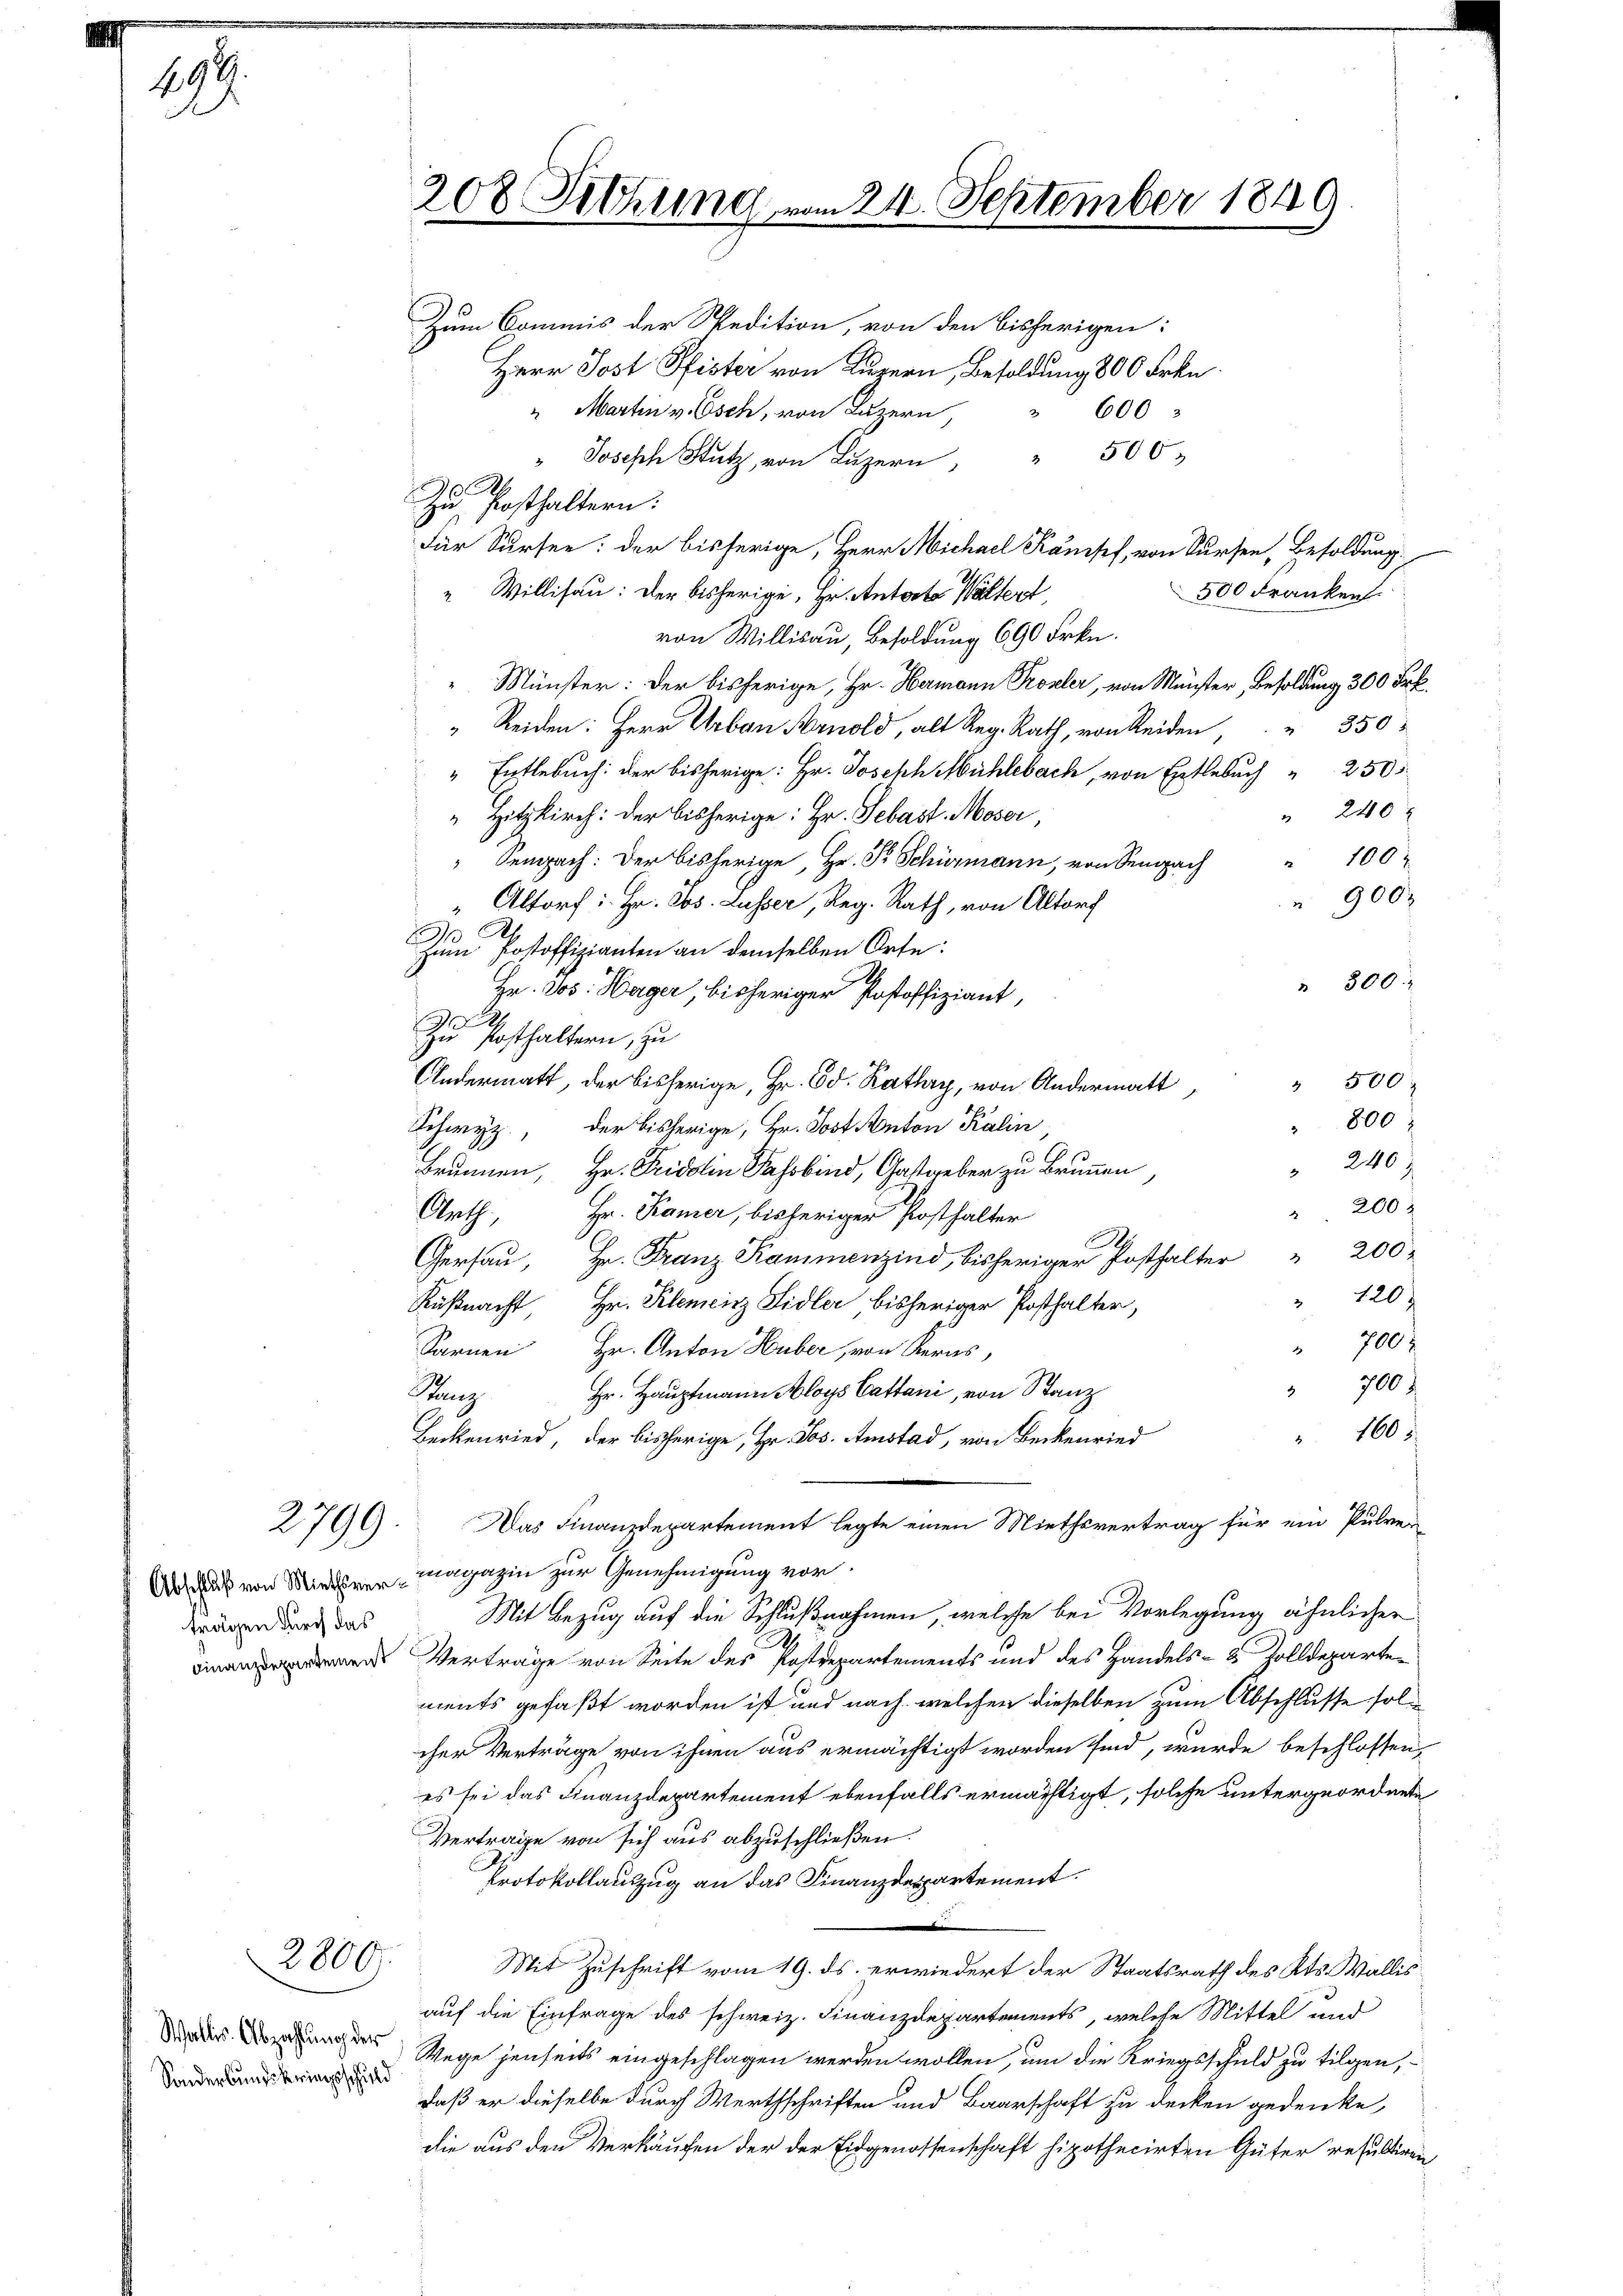
499.

2799.

2800.

Sonderbundskriegsschuld

208. Sitzung vom 24. September 1849
Zum Commis der Spedition, von den bisherigen:
Herr Jost Pfister von Luzern, Besoldung 800 Frkn.
" Martin v. Esch, von Luzern,
600

500
" Joseph Stutz, von Luzern,
.
Zu Posthaltern:
Für Sursee: der bisherige, Herr Michael Kampf, von Kursen, Besoldung.
500 Franken.
“ Willisau: Der bisherige, Hr. Antorte Waltert,
von Willisau, Besoldung 690 Frkn.
Münster: Der bisherige, Hr. Hermann Probler, von Münster, Besoldung 300 Frk.
" Reiden: Herr Urban Arnold, als Reg. Rath, von Seiden, " " 350
" Entlebuch: der bisherige: Hr. Joseph Mühlebach, von Entlebuch " 250.
240 f
Hitzkirch: der bisherige: Hr. Sebast. Moser,
Sempach: Der bisherige, Hr. Pr. Schürmann, von Senach " 100
 900 x
"Altorf: Hr. Abs. Lusser, Reg. Rath, von Altorf
Zum Postoffizianten an demselben Orte:
.
" 300
Hr. Jos. Heger, bisheriger Postoffiziant,
Zu Posthaltern, zu
" 500
Andermatt, der bisherige, Hr. Ed. Kathry, von Andermatt
800
Schwyz, der bisherige, Hr. Jost Anton Kalin,
" 240
Brunnen, Hr. Fridolin Fahrbind, Gastgeber zu Brunnen
 200
Arth., Hr. Kamer, bisheriger Posthalter
1
Gersau, Hr. Franz Kammenzind, bisheriger Posthalter " 200
" 120
Küßnacht, Hr. Klemenz Sidler bisheriger Posthalter,
 700 r
Sarnen Hr. Anton Huber, von Kerns,
 700
Hr. Hauptmann Aloys Cattani, von Stanz
Kanz
" 160
Beckenried, der bisherige, Hr. Jos. Amstad, von Beckenried
Das Finanzdepartement legte einen Miethsvertrag für ein Pulver
dus von Mietvermagazin zur Genehmigung vor.
Mit Bezug auf die Schlußnahmen, welche bei Vorlegung ähnlicher
.
en Vertrage von Seite des Postdepartements und des Handels- 8 Zolldeparte
ments gefaßt worden ist und nach, welcher dieselben zum Abschlusse solcher Verträge von ihnen aus ermächtigt worden sind, wurde beschlossen,
es sei das Finanzdepartement ebenfalls ermächtigt, solche untergeordnete
Vertrage von sich aus abzuschließen.
Protokollauszug an das Finanzdepartement.

Mit Zuschrift vom 19. ds. erwiedert der Staatsrath des Kts. Wallis
auf die Einfrage des schweiz. Finanzdepartements, welche Mittel und
sung des Wege jenseits eingeschlagen werden wollen, um die Kriegsschuld zu tilgen,
daß er dieselbe durch Werthschriften und Baarschaft zu decken gedenke,
die aus den Verkäufen der der Eidgenossenschaft hipothecirten Güter resultiren

trägen durch das